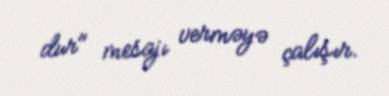
dur" mesajı verməyə çalışır.